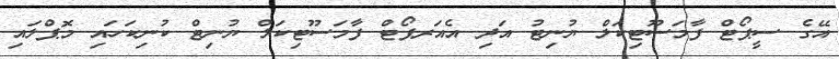
އޭގެ ސީޕޯޓް ފާމަސޫޓިކަލް ޔުނިޓު އަދި އެއަރޕޯޓް ފާމަސޫޓިކަލް ޔުނިޓް ކުނިކަހައި މޮޕްލައި